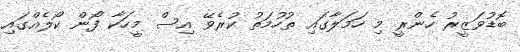
ބޮޑުވަޒީރު ހެންރީ މި ހަމަލާގައި ތުހުމަތު ކުރެވޭ އިސް މީހަކާ ފޯން ކޯލެއްގައި